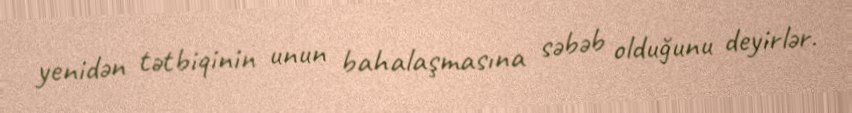
yenidən tətbiqinin unun bahalaşmasına səbəb olduğunu deyirlər.